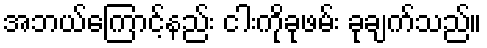
အဘယ်ကြောင့်နည်း ငါးကိုခုဖမ်း ခုချက်သည်။